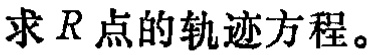
求 \(R\) 点的轨迹方程。